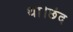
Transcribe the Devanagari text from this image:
था।छंद